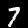
Label: 7